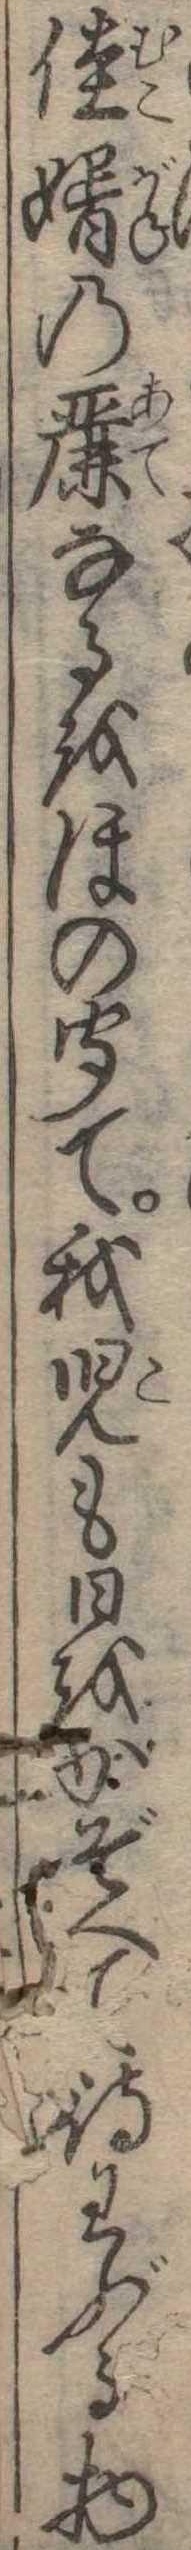
佳婿の麗なるをほの聞て我児も日をかぞへて待わぶる物